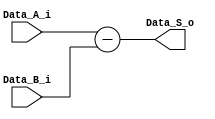
`timescale 1ns / 1ps
//////////////////////////////////////////////////////////////////////////////////
// Company: 
// Engineer: 
// 
// Design Name: 
// Module Name: substractor
// Project Name: 
// Target Devices: 
// Tool Versions: 
// Description: 
// 
// Dependencies: 
// 
// Revision:
// Revision 0.01 - File Created
// Additional Comments:
// 
//////////////////////////////////////////////////////////////////////////////////


module substractor
    # (parameter W = 32) (
    input wire [W-1:0] Data_A_i,
    input wire [W-1:0] Data_B_i,
    output reg [W-1:0] Data_S_o
    );
    
        always @*
            Data_S_o <= Data_A_i - Data_B_i;

endmodule